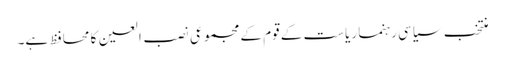
منتخب سیاسی رہنما ریاست کے قوم کے مجموعی نصب العین کا محافظ ہے۔